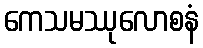
ကေသမဿုလောစနံ